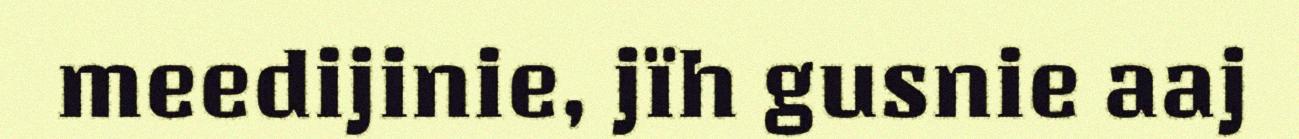
meedijinie, jïh gusnie aaj